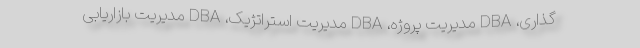
گذاری، DBA مدیریت پروژه، DBA مدیریت استراتژیک، DBA مدیریت بازاریابی